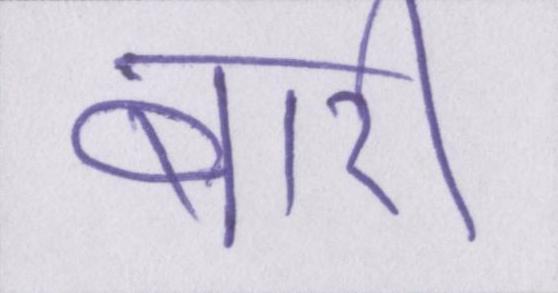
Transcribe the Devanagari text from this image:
बारी